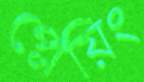
প্লেয়িং